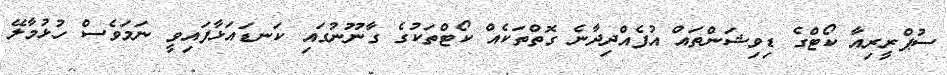
ސުޕްރީރިއާ ކޯޓްގެ ޑިވިޝަންތައް އުފެއްދިދާނެ ގޮތްތަކެއް ކޯޓްތަކުގެ ގާނޫނުގައި ކަނޑައަޅާފައިވީ ނަމަވެސް ހުޅުމާލޭ